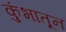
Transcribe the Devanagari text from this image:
कुंभातून